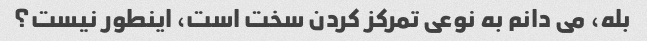
بله، می دانم به نوعی تمرکز کردن سخت است، اینطور نیست؟